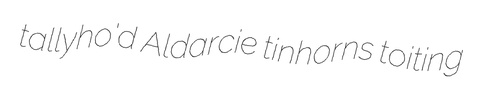
tallyho'd Aldarcie tinhorns toiting